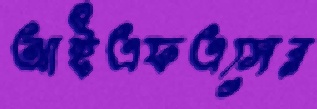
আইএফএসের